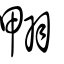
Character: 翈